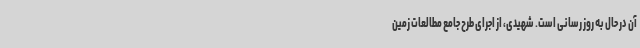
آن در حال به روز رسانی است. شهیدی، از اجرای طرح جامع مطالعات زمین